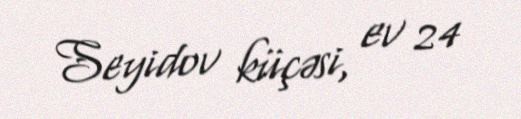
Seyidov küçəsi, ev 24